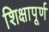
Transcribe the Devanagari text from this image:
शिक्षापूर्ण